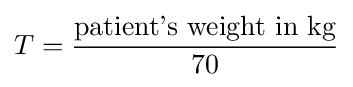
T={\frac {\text{patient's weight in kg}}{70}}